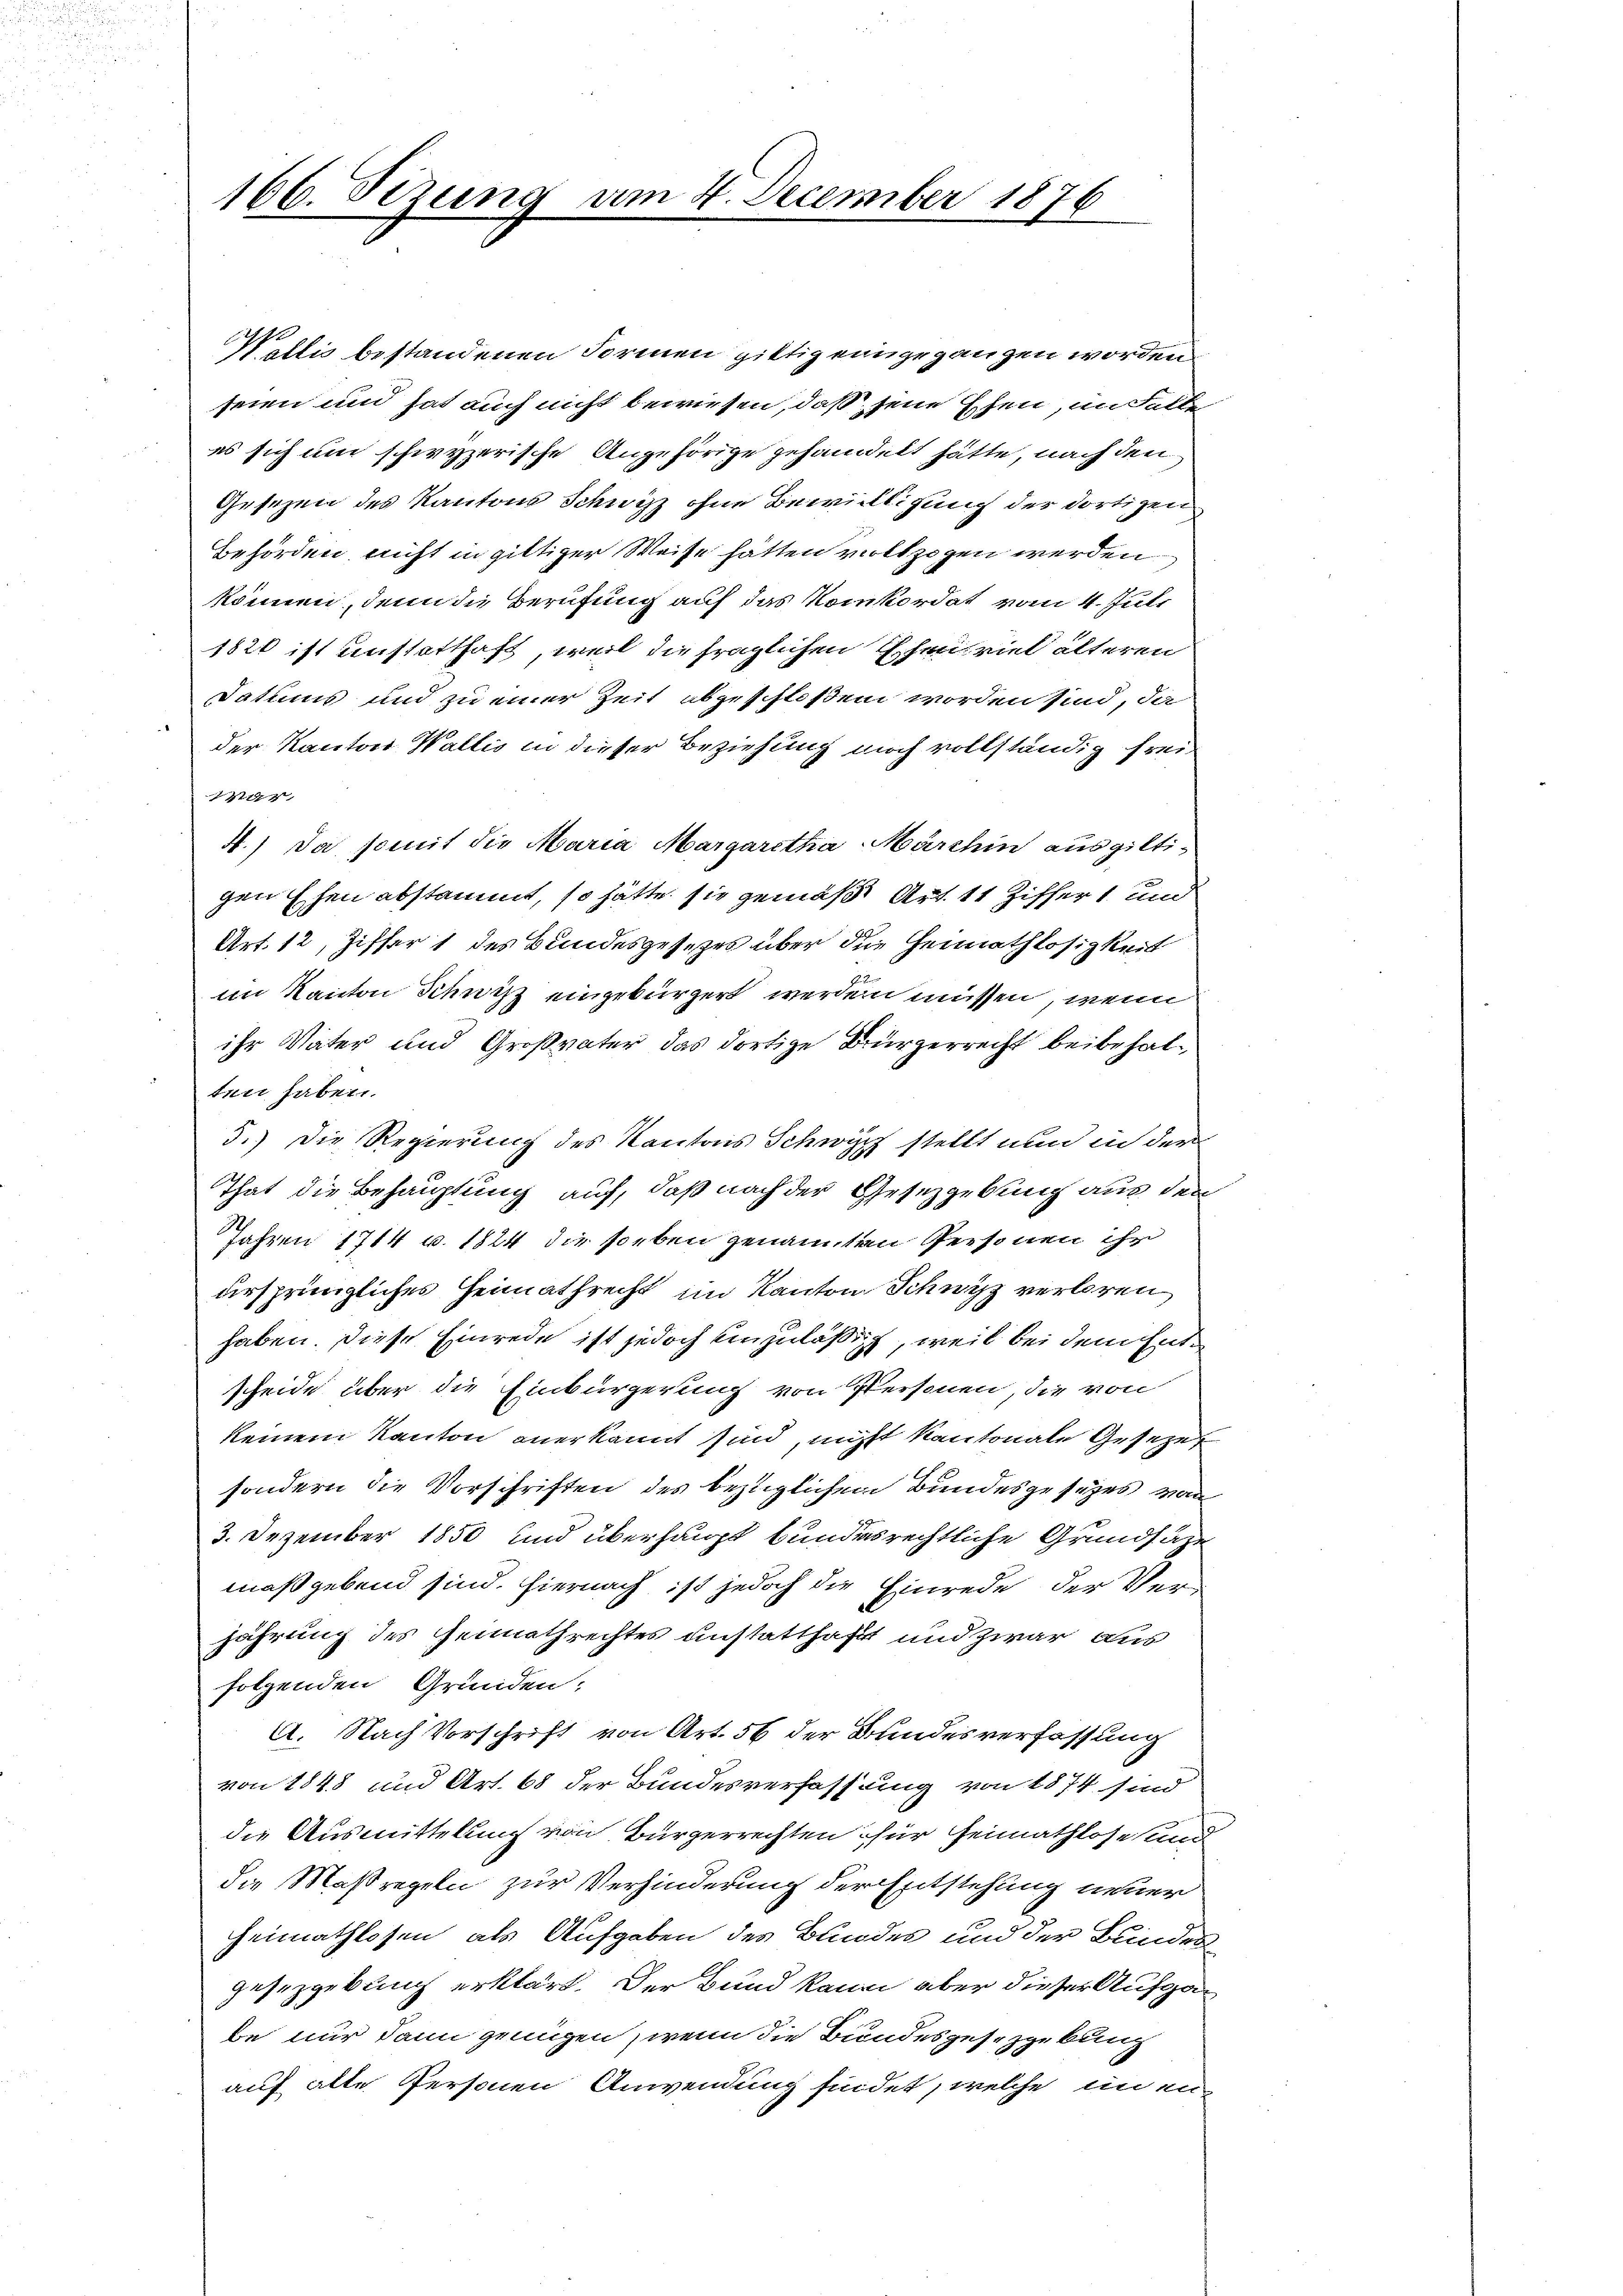
166. Sizung am 4. December 1876

Weltis bestandenen Formen giltig einige ganzen worden
seien und hat auch nicht bewiesen, daß jene Ehen, im Falle
es sich um schwyzerische Angehörige gehandelt hätte, nach den
Gesetzen des Kantons Schwyz ohne Bewilligung des dortigen
Behörden nicht in giltiger Weise hätten vollzogen werden
können, denn die Berufung auf das Konkordat vom 4. Juli
1820 ist unstatthaft, weil die fraglichen Ehen viel älteren
Datums und zu einer Zeit abgeschloßen worden sind, da
der Kanton Wallis in dieser Beziehung noch vollständig frei¬
217
4.) Da somit die Maria Margaretha Marchin aus giltigen Ehen abstammt, so hätte sie gemäß Art. 11 Ziffer 1 und
Art. 12, Ziffer 1 des Bundesgesetzes über die Heimathlosigkeit
im Kanton Schwitz eingebürgert werden müssen, wenn
ihr Vater und Großvater das dortige Bürgerrecht beibehalten haben.
3.) Die Regierung des Kantons Schwyz stellt und in der
That die Behauptung auf, daß nach der Gesetzgebung aus den
Jahren 1714 v. 1824 die soeben genannten Personen ihr
ursprüngliches Heimathrecht im Kanton Schwyz verloren
haben. Diese Einrede ist jedoch einzuläßigt, weil bei dem Entscheide über die Einbürgerung von Personen, die von
keinem Kanton anerkannt sind, nicht kantonale Gesezet
sondern die Vorschriften des bezüglichen Bundesgesezes von
3. Dezember 1850 und überhaupt bundesrechtliche Grundsaze
maßgebend sind. Hiernach ist jedoch die Einrede der Verjährung des Gemathrechtes anstatthaft und zwar aus
folgenden Gründen;
A. Nach Vorschrift von Art. 56 der Bundesverfassung
von 1848 und Art. 68 der Bundesverfassung von 1874 sind
die Ausmittelung von Bürgerrechten für Heimathlose und
die Maßregeln zur Verhinderung der Entstehung neuer
heimathlosen, als Aufgaben des Bundes und der Bundes
gesetzgebung erklärt. Der Bund kann aber dieser Aufgabe nur dann genügen, wenn die Bundesgesezgebung
auf alte Personen Anwendung findet, welche in ei¬